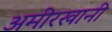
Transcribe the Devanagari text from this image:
अमीरखानी